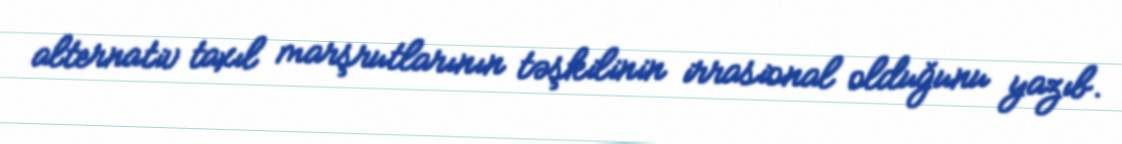
alternativ taxıl marşrutlarının təşkilinin irrasional olduğunu yazıb.